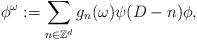
LaTeX: \begin{align*} \phi ^{\omega} := \sum _{n \in \mathbb{Z}^d} g_n (\omega ) \psi (D-n) \phi,\end{align*}